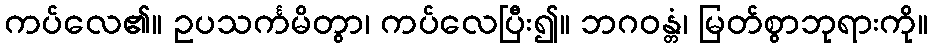
ကပ်လေ၏။ ဥပသင်္ကမိတွာ၊ ကပ်လေပြီး၍။ ဘဂဝန္တံ၊ မြတ်စွာဘုရားကို။